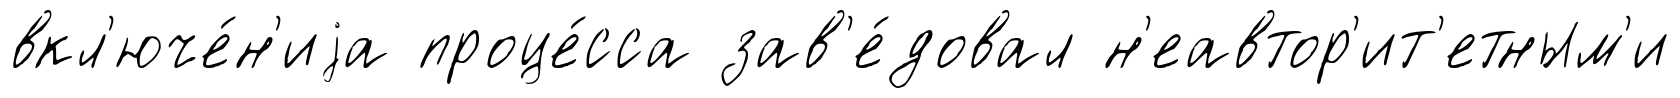
вкл'юче́н'иjа проце́сса зав'е́довал н'еавтор'ит'етным'и